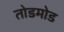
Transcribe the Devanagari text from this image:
तोडमोड